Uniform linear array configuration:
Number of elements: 48
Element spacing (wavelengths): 1
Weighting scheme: hamming
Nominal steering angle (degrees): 0
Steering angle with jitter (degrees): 1.558
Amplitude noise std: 0.05
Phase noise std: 0.05

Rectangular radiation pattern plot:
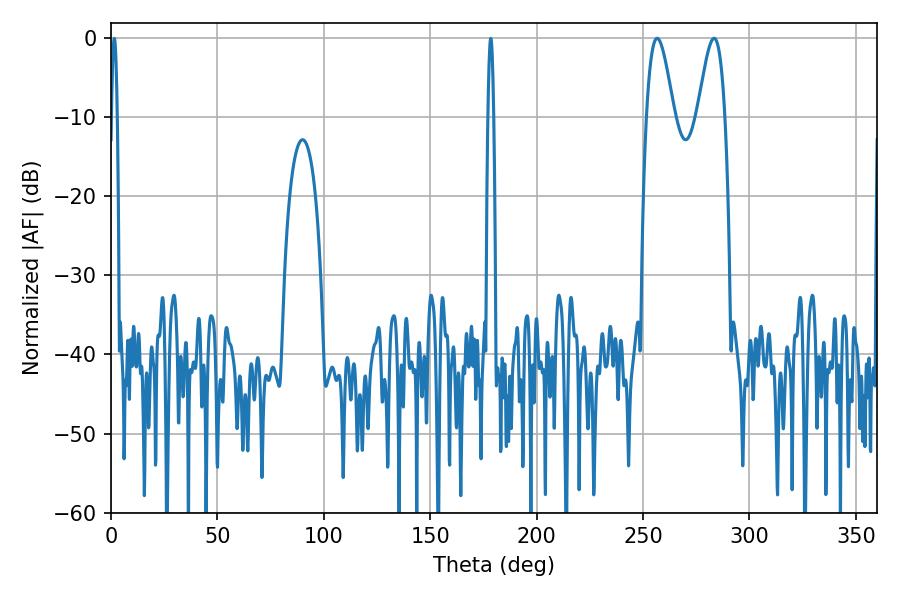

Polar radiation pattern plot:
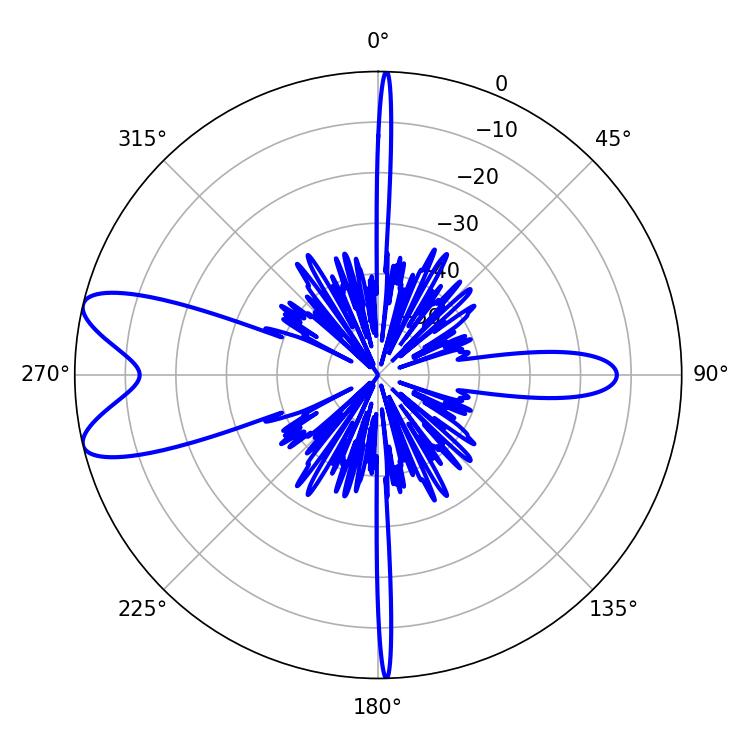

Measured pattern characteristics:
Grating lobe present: TRUE
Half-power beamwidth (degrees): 6.84
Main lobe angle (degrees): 283.32